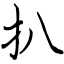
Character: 扒